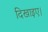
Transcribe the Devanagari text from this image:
दिखाइए।